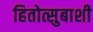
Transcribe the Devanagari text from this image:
हितोत्सुबाशी